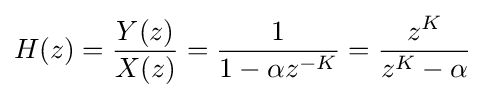
H(z)={\frac {Y(z)}{X(z)}}={\frac {1}{1-\alpha z^{-K}}}={\frac {z^{K}}{z^{K}-\alpha }}